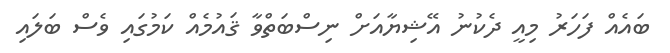
ބައެއް ފަހަރު މިއީ ދެކުނު އޭޝިޔާއަށް ނިސްބަތްވާ ޤައުމެއް ކަމުގައި ވެސް ބަލައި